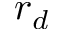
r _ { d }